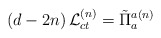
\begin{align*}\left( d-2n\right) {\cal L}_{ct}^{\left( n\right) }=\tilde{\Pi}_{a}^{a\left(n\right) } \end{align*}